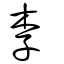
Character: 李